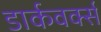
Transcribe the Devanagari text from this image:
डार्कवर्क्स